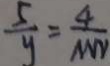
\frac { 5 } { y } = \frac { 4 } { M N }